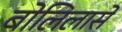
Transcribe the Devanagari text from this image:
बोलिलासे